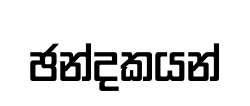
ඡන්දකයන්